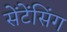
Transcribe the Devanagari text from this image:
सेंटेंसिंग